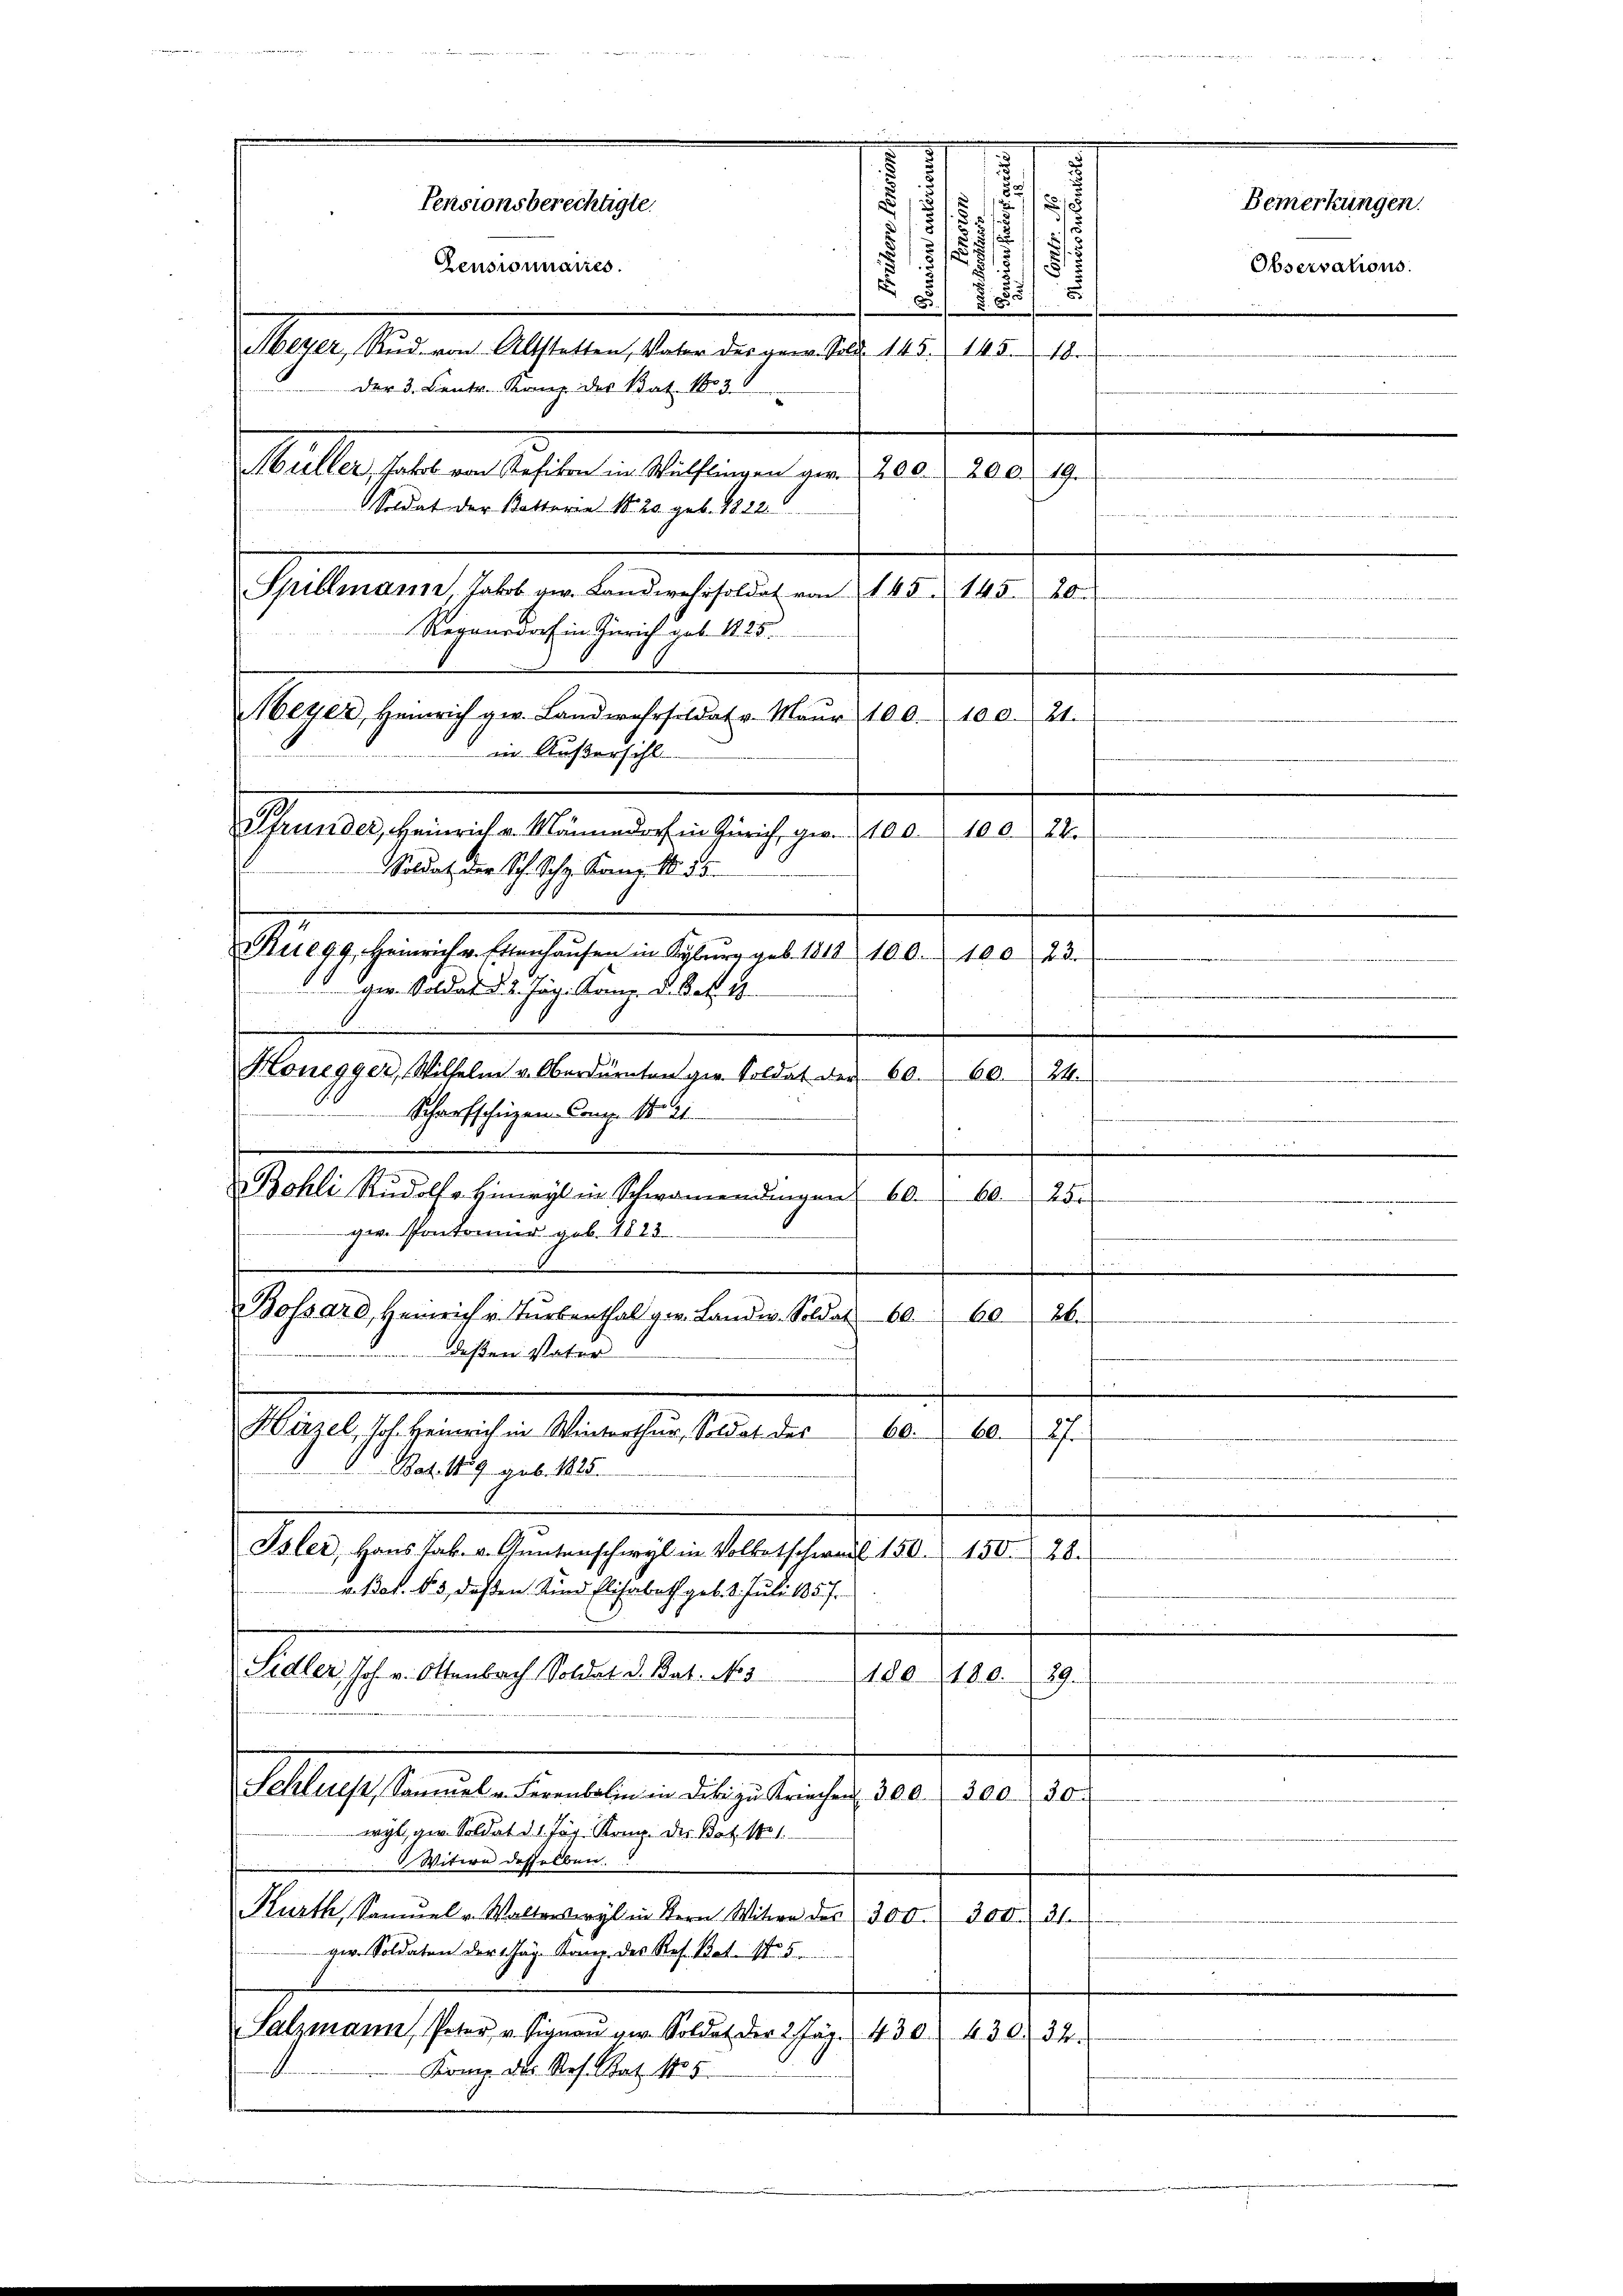
Zensionnaires.
Meyer, Rud. von Altstetten, Vater des gew. Sold 145. 145. 18.
der 3. Centr. Kainz der Bat. 1803
Müller, Jakob von Sefikon in Wülflingen vor 200. 200. 19.
Soldat der Pottaria No. 20. geb. 1822.
Spillmann, Jakob ge. Landwehrsoldat von 145. 145. 20
Regensdorf in Zürich sub 1825.
Meyer, Heinrich ger. Landwehrsoldat u. Maŭr 100.
Rüegg, Heinrich v. Ettenhaŭsen in Kyburg geb. 1818 100. 100
ger. Soldat d. 2. Jäg. König. d. Bat. 1
Honegger, Wilhelm v. Oberdürnten per Soldat der 60. 60. 24.
Scharfschüzen-Comp. 18. 21
Bohli Rudolf Hinwyl in Schwamendingen 60.
10.
28/
gr. Pontomier geb. 1823
.
S
Bossard, Herreich u. Turbenthal vor. Landw. Soldat 60. 60. 26.
deßen Vater
Hirzel, Joh. Heinrich in Winterthur, Soldat des
60. 60. 27
 Bat. 159 geb. 1828.
Isler, Hans Jak. v. Gantenschwyl in Volketschweil 150. 150. 28.
v. Bos. § 3, deßen Kind Elisabeth geb. 1. Juli 1857.

Sidler, Joh. v. Ottenbach Soldat d. Bat. No 3
180180.
59.
Schluess, Sammel u. Ferenbalin in diki zu Kriechen 300. 300. 30.
wyl, gen. Soldat d. 1. Jäg. Komp. der Bat. 1801.
 Witwe desselben
Kurth, Samŭel - Walterswyl in Bern Witwe des 300. 300. 31.
zw. Soldaten der Mag. Kamer des Res. Bet
Salzmann Peter, u. Signan vor Soldat der 2. Jäg 430 430. 34.
Komp. das Res. Stat. 1855

Pensionsberechtigte.

in Außersihl.
Pfrunder, Heinrich v. Männedorf in Zürich, ger. 100. 100. 28.
Soldat der Sch. Schg. Konr. No. 55.

s
d
E
s
3/
.
x
5
1
u
18
§ 5

100.
24.
22.

Bemerkungen.
Observations.